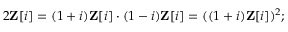
2 \mathbf { Z } [ i ] = ( 1 + i ) \mathbf { Z } [ i ] \cdot ( 1 - i ) \mathbf { Z } [ i ] = ( ( 1 + i ) \mathbf { Z } [ i ] ) ^ { 2 } ;